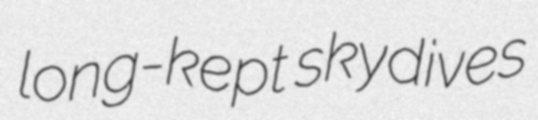
long-kept skydives